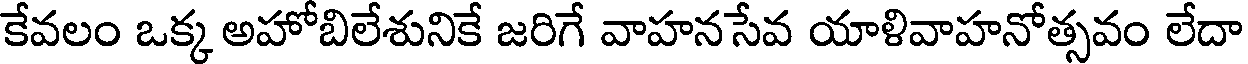
కేవలం ఒక్క అహోబిలేశునికే జరిగే వాహనసేవ యాళివాహనోత్సవం లేదా